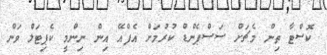
ކޮސްޓާ ތިން މެޗަށް ސަސްޕެންޑް ކުރުމަށް އެފްއޭ އިން ނިންމީ ކެޕިޓަލް ވަން